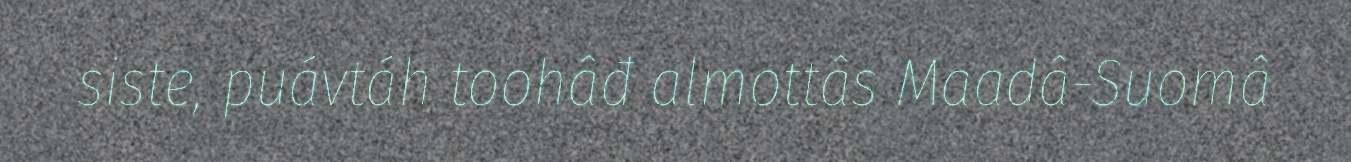
siste, puávtáh toohâđ almottâs Maadâ-Suomâ